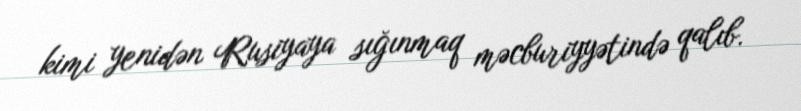
kimi yenidən Rusiyaya sığınmaq məcburiyyətində qalıb.